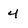
Character: 4